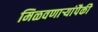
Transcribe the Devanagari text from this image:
मिळवणाऱ्यांपैकी